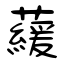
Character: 藧